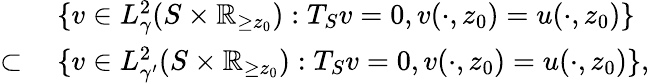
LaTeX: \begin{array}{rl}&{\ \{ v\in L_{\gamma}^{2}(S\times\mathbb{R}_{\geq z_{0}}):T_{S}v=0,v(\cdot,z_{0})=u(\cdot,z_{0})\} }\\ {\subset}&{\ \{ v\in L_{\gamma^{\prime}}^{2}(S\times\mathbb{R}_{\geq z_{0}}):T_{S}v=0,v(\cdot,z_{0})=u(\cdot,z_{0})\} ,}\end{array}